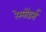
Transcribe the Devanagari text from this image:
रेस्पोंडर्स